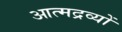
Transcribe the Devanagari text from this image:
आत्मद्रव्यों